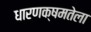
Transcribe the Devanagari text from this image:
धारणक्षमतेला